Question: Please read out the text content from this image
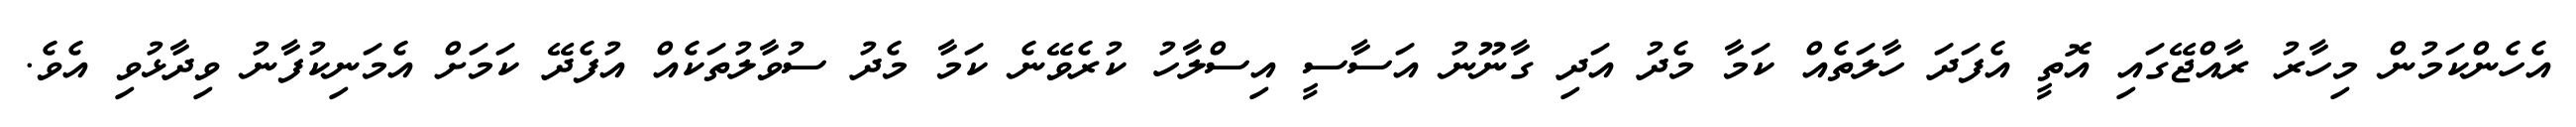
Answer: އެހެންކަމުން މިހާރު ރާއްޖޭގައި އޮތީ އެފަދަ ހާލަތެއް ކަމާ މެދު އަދި ގާނޫނު އަސާސީ އިސްލާހު ކުރެވޭނެ ކަމާ މެދު ސުވާލުތަކެއް އުފެދޭ ކަމަށް އެމަނިކުފާނު ވިދާޅުވި އެވެ.